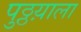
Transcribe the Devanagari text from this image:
पुठ्ठय़ाला